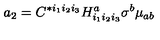
a _ { 2 } = C ^ { * i _ { 1 } i _ { 2 } i _ { 3 } } H _ { i _ { 1 } i _ { 2 } i _ { 3 } } ^ { a } \sigma ^ { b } \mu _ { a b }